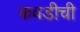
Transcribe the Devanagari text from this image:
कवडीची